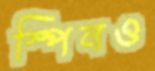
স্পিনও